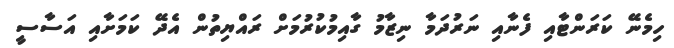
ހިމެނޭ ކަރަންޓާއި ފެނާއި ނަރުދަމާ ނިޒާމު ގާއިމުކުރުމަށް ރައްޔިތުން އެދޭ ކަމަށާއި އަސާސީ